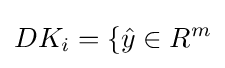
DK_{i}=\lbrace {\hat {y}}\in R^{m}